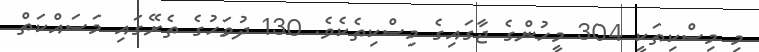
މި މިސްކިތަކީ 304 މީހުންގެ ޖާގައިގެ މިސްކިތެކެވެ. 130 ދުވަހުގެ ތެރޭގައި މަސައްކަތް